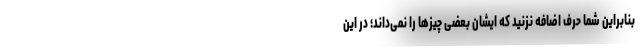
بنابراین شما حرف اضافه نزنید که ایشان بعضی چیزها را نمی‌داند؛ در این